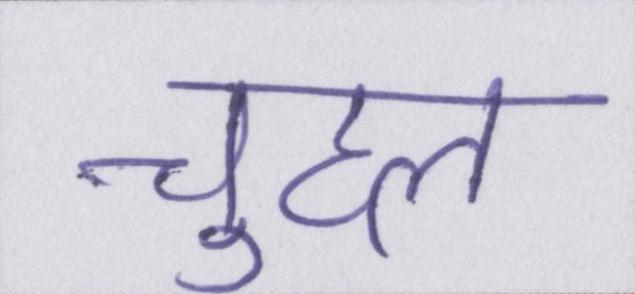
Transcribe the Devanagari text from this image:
चुहल